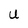
Character: U